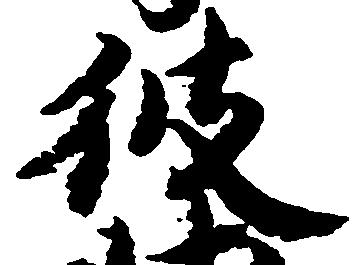
彼